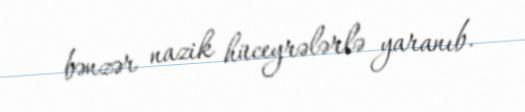
bənzər nazik hüceyrələrlə yaranıb.